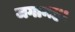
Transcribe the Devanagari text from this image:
जगामह।